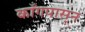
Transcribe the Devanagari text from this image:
काँगपासून